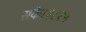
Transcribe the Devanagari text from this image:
सके।१८१५